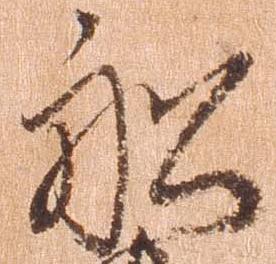
船